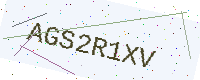
Text: AGS2R1XV